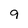
Character: 9